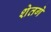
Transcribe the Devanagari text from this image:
शेतगे